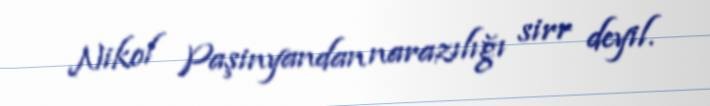
Nikol Paşinyandan narazılığı sirr deyil.